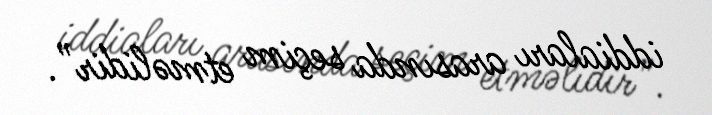
iddiaları arasında seçim etməlidir”.